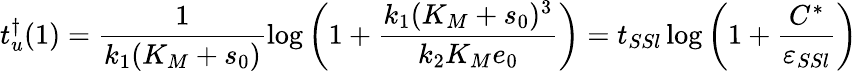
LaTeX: t_{u}^{\dagger}(1)=\frac{1}{k_{1}(K_{M}+s_{0})}\log\left(1+\frac{k_{1}(K_{M}+s_{0})^{3}}{k_{2}K_{M}e_{0}}\right)=t_{SSl}\log\left(1+\frac{C^{*}}{\varepsilon_{SSl}}\right)